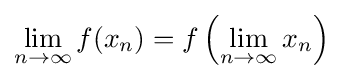
\lim _{n\to \infty }f(x_{n})=f\left(\lim _{n\to \infty }x_{n}\right)